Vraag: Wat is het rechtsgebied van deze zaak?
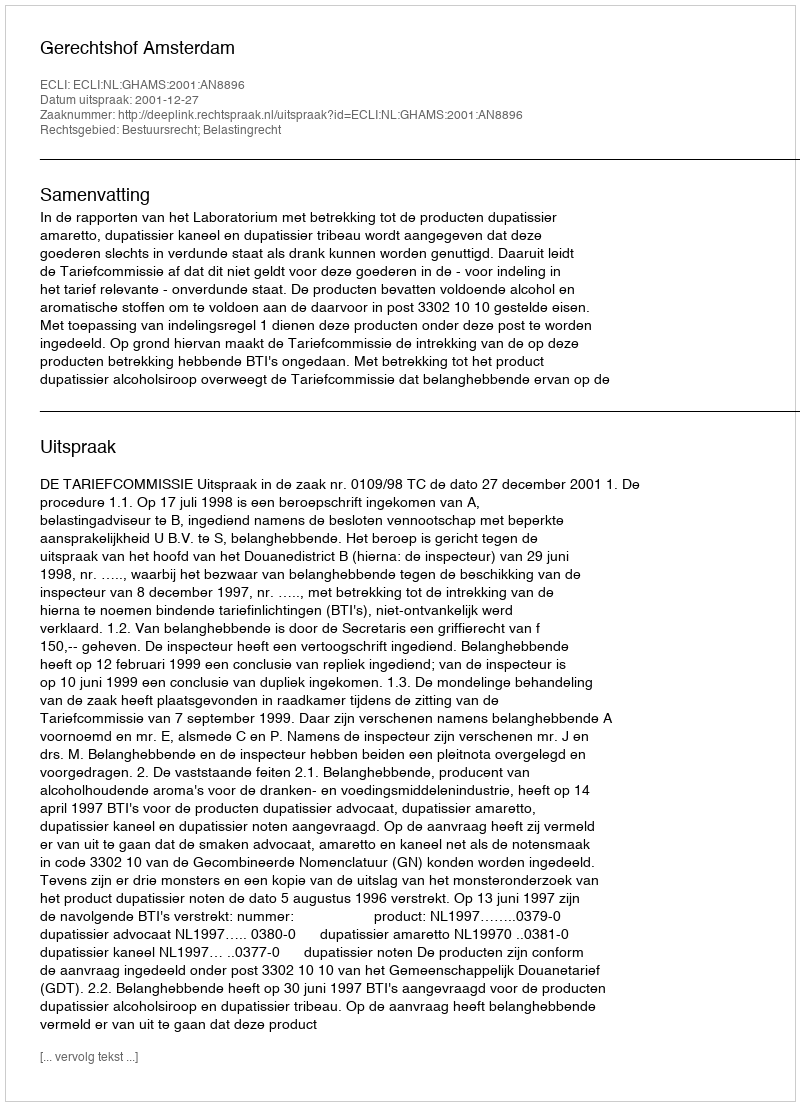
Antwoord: Bestuursrecht; Belastingrecht